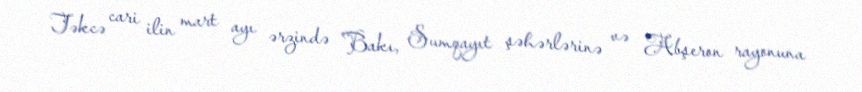
Təkcə cari ilin mart ayı ərzində Bakı, Sumqayıt şəhərlərinə və Abşeron rayonuna